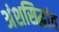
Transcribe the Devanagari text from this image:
अंशसिद्धांत